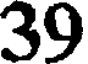
39